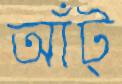
আঁট্‌